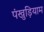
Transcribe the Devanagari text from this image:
पंखुड़ियाम